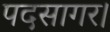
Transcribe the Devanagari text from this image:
पदसागर।